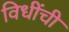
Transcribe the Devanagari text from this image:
विधींची